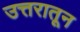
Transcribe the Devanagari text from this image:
उत्तरातून